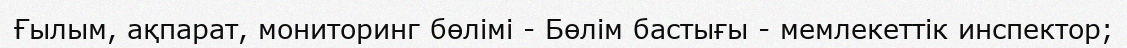
Ғылым, ақпарат, мониторинг бөлімі - Бөлім бастығы - мемлекеттік инспектор;